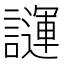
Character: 𧬪